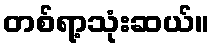
တစ်ရာ့သုံးဆယ်။